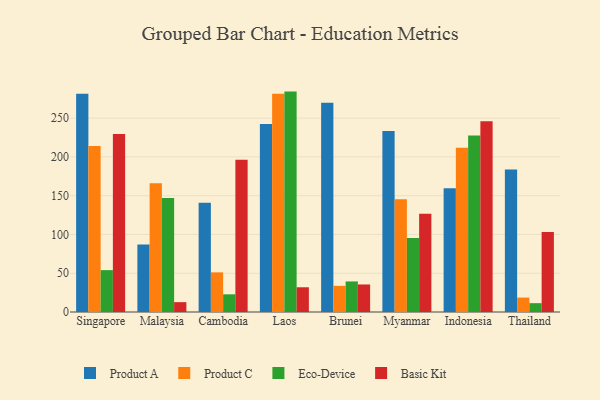
{"axis": {"x": "Country", "y": "Headcount"}, "legend": ["Basic Kit", "Eco-Device", "Product A", "Product C"], "data": [{"x": "Singapore", "y": 281.5, "type": "Product A"}, {"x": "Singapore", "y": 214.2, "type": "Product C"}, {"x": "Singapore", "y": 54.0, "type": "Eco-Device"}, {"x": "Singapore", "y": 229.4, "type": "Basic Kit"}, {"x": "Malaysia", "y": 87.0, "type": "Product A"}, {"x": "Malaysia", "y": 166.1, "type": "Product C"}, {"x": "Malaysia", "y": 146.9, "type": "Eco-Device"}, {"x": "Malaysia", "y": 12.7, "type": "Basic Kit"}, {"x": "Cambodia", "y": 140.9, "type": "Product A"}, {"x": "Cambodia", "y": 51.1, "type": "Product C"}, {"x": "Cambodia", "y": 22.8, "type": "Eco-Device"}, {"x": "Cambodia", "y": 196.4, "type": "Basic Kit"}, {"x": "Laos", "y": 242.3, "type": "Product A"}, {"x": "Laos", "y": 281.3, "type": "Product C"}, {"x": "Laos", "y": 284.2, "type": "Eco-Device"}, {"x": "Laos", "y": 31.9, "type": "Basic Kit"}, {"x": "Brunei", "y": 269.9, "type": "Product A"}, {"x": "Brunei", "y": 33.7, "type": "Product C"}, {"x": "Brunei", "y": 39.4, "type": "Eco-Device"}, {"x": "Brunei", "y": 35.5, "type": "Basic Kit"}, {"x": "Myanmar", "y": 233.5, "type": "Product A"}, {"x": "Myanmar", "y": 145.4, "type": "Product C"}, {"x": "Myanmar", "y": 95.3, "type": "Eco-Device"}, {"x": "Myanmar", "y": 126.6, "type": "Basic Kit"}, {"x": "Indonesia", "y": 159.7, "type": "Product A"}, {"x": "Indonesia", "y": 211.7, "type": "Product C"}, {"x": "Indonesia", "y": 227.6, "type": "Eco-Device"}, {"x": "Indonesia", "y": 246.0, "type": "Basic Kit"}, {"x": "Thailand", "y": 183.7, "type": "Product A"}, {"x": "Thailand", "y": 18.6, "type": "Product C"}, {"x": "Thailand", "y": 11.4, "type": "Eco-Device"}, {"x": "Thailand", "y": 103.2, "type": "Basic Kit"}]}